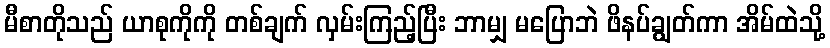
မီစာတိုသည် ယာစုကိုကို တစ်ချက် လှမ်းကြည့်ပြီး ဘာမျှ မပြောဘဲ ဖိနပ်ချွတ်ကာ အိမ်ထဲသို့